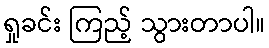
ရှုခင်း ကြည့် သွားတာပါ။